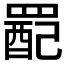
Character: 𫅉